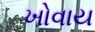
ખોવાય